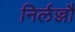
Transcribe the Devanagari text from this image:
निर्लज्जौ